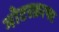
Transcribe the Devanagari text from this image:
मोटरक्राफ्ट